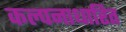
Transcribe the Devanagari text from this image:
कल्पनाधारित